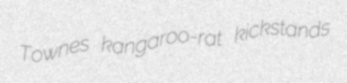
Townes kangaroo-rat kickstands